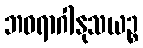
ဘဝရာဂါနုသယဉ္စ